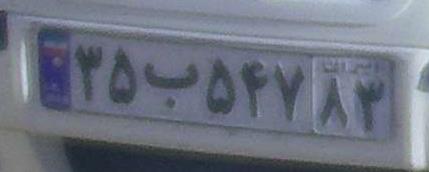
۳۵ب۵۴۷۸۳